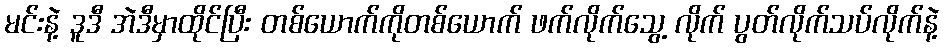
မင်းနဲ့ ဒူဒီ အဲဒီမှာထိုင်ပြီး တစ်ယောက်ကိုတစ်ယောက် ဖက်လိုက်သွေ့ လိုက် ပွတ်လိုက်သပ်လိုက်နဲ့